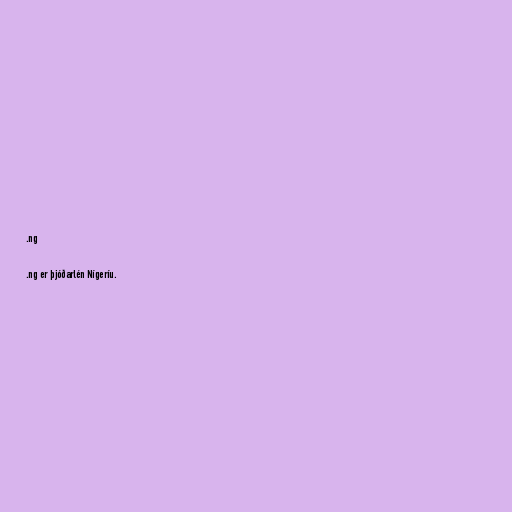
.ng

.ng er þjóðarlén Nígeríu.